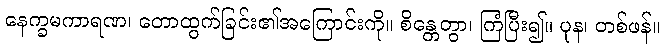
နေက္ခမကာရဏ၊ တောထွက်ခြင်း၏အကြောင်းကို။ စိန္တေတွာ၊ ကြံပြီး၍။ ပုန၊ တစ်ဖန်။